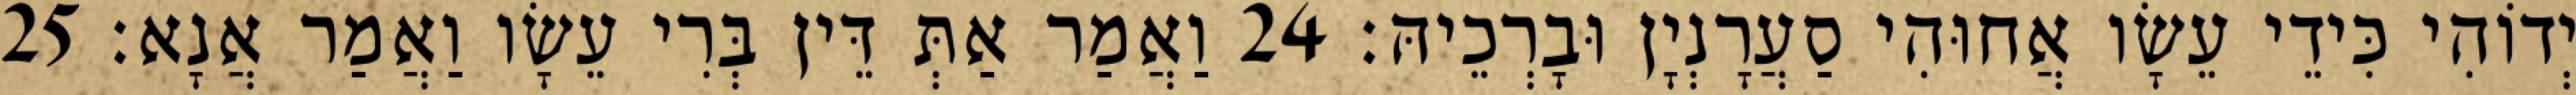
יְדוֹהִי כִּידֵי עֵשָׂו אֲחוּהִי סַעֲרָנְיָן וּבָרְכֵיהּ׃ 24 וַאֲמַר אַתְּ דֵּין בְּרִי עֵשָׂו וַאֲמַר אֲנָא׃ 25